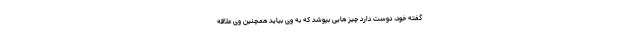
گفته خود، دوست دارد چیز هایی بپوشد که به وی بیاید همچنین وی علاقه